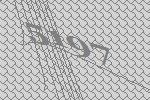
5197